Lunatic asylums Bombay report 1878-1890 - 1878-1890
Year: 1878
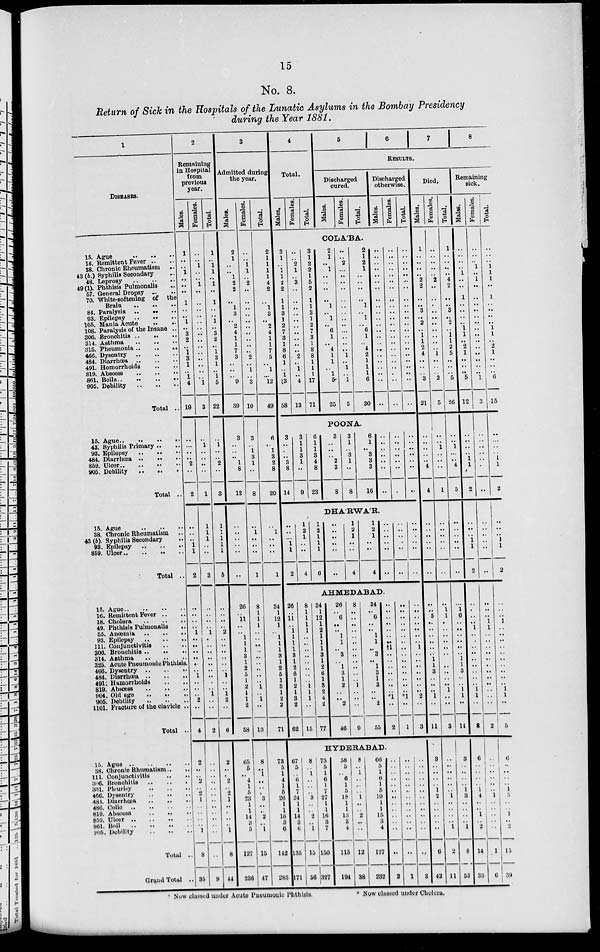
15
No. 8.
Return of Sick in the Hospitals of the Lunatic Asylums in the Bombay Presidency
during the Year 1881.
1
DISEASES.
15. Ague .. .. ..
16. Remittent Fever .. ..
38. Chronic Rheumatism ..
43 (b.) Syphilis Secondary ..
48. Leprosy .. .. ..
49(1). Phthisis Pulmonalis ..
57. General Dropsy .. ..
70. White-softening
of
the
Brain
..
..
..
84. Paralysis .. .. ..
93. Epilepsy .. .. ..
105. Mania Acute .. ..
108. Paralysis of the Insane ..
306. Bronchitis
..
..
..
314. Asthma .. .. ..
315. Pheumonia
..
..
..
466. Dysentry
..
..
..
484. Diarrhœa
..
..
..
491. Homorrhoids .. ..
819. Abscess .. .. ..
861. Boils
..
..
..
905. Debility .. .. ..
Total ..
15. Ague .. .. .. ..
43. Syphilis Primary ..
..
93. Epilepsy .. .. ..
484.Diarrhœa .. .. ..
859.Ulser .. .. .. ..
905. Debility
..
..
Total ..
15. Ague
..
..
..
38. Chronic Rheumatism ..
43 (b). Syphilis Secondary ..
93.Epilepsy .. .. ..
359. Ulcer .. .. ..
Total ..
15.Acute .. .. .. ..
16.Remittent Fever .. ..
18.Cholera .. .. ..
49. Phthisis Pulmonalis ..
55. Anœmia
..
..
..
93. Epilepsy .. .. ..
111.Conjuctivitis .. .. ..
306. Bronchitis
..
..
..
314. Asthma
..
..
..
325. Acute Pneumonic Phthisis
466. Dysentry
..
..
..
484. Diarrhœa
491. Hamorrhoids .. ..
819.Abscess .. .. ..
904. Old age
..
..
..
905. Debility
..
..
..
1101. Fracture of the clavicle ..
Total ..
15. Ague
..
..
..
..
38.Chronic Rhumatism .. ..
111.Conjunctivitis .. .. ..
306. Bronchitis
..
..
..
331. Pleurisy
..
..
..
466. Dysentry
..
..
..
484. Diarrhœa
..
..
..
486.
Colic
..
..
..
..
819. Abscess
..
..
..
859. Ulcer
..
..
..
861. Boil
..
..
..
905. Debility
..
..
..
Total ..
Grand Total ..
2
Remaining
in Hospital
from
previous
year.
Males.
1
..
..
1
..
..
..
1
..
..
1
..
3
2
..
1
3
1
..
1
4
19
..
..
..
..
2
..
2
..
..
..
1
1
2
..
..
..
..
1
..
..
..
..
..
..
1
..
..
..
2
..
4
2
..
..
2
..
2
1
..
..
..
..
1
8
35
Females.
..
..
1
..
..
1
..
..
..
..
..
..
..
..
..
..
..
..
..
..
1
3
..
1
..
..
..
..
1
1
1
1
..
..
3
..
..
..
..
1
..
..
..
..
..
..
..
..
..
1
..
..
2
..
..
..
..
..
..
..
..
..
..
..
..
..
9
Total.
1
..
1
1
..
1
..
1
..
..
1
..
3
2
..
1
3
1
..
1
5
22
..
1
..
..
2
..
3
1
1
1
1
1
5
..
..
..
..
2
..
..
..
..
..
..
1
..
..
1
2
..
6
2
..
..
2
..
2
1
..
..
..
1
8
44
3
Admitted during
the year.
Males.
2
1
..
.. 1
2
2
..
1
3
..
2
4
1
1
7
3
..
..
9
39
3
..
..
..
1
8
12
..
..
..
..
..
..
26
..
11
..
..
1
1
1
3
1
2
5
1
2
1
1
2
58
65
5
4
1
5
23
1
1
14
3
5
127
4
236
Females.
..
..
1
1
..
2
..
..
..
..
..
..
..
..
..
..
2
..
1
..
3
10
3
..
1
3
1
..
8
..
1
..
..
..
1
8
1
1
1
..
..
..
..
..
..
..
..
..
1
..
1
..
13
8
..
1
..
..
..
..
..
..
2
..
1
15
47
Total.
2
1
1
1
1
4
2
..
1
3
..
2
4
1
1
7
5
..
1
...
12
49
6
..
1
3
2
8
20
..
1
..
..
..
1
34
1
12
1
..
1
1
1
3
1
2
5
1
3
1
2
2
71
73
5
1
4
1
5
26
1
1
16
3
6
142
283
4
Total.
Males.
Females.
Total.
5 6
7
8
RESULTS.
Discharged
cured.
Males.
Females.
Total.
Discharged
otherwise.
Males.
Females.
Total.
COLA'BA.
3
1
..
1
1
2
2
1
1
3
1
2
7
3
1
8
6
1
..
1
13
58
..
..
2
1
..
3
..
..
..
..
..
..
..
..
..
2
..
1
..
4
13
3
1
2
2
1
5
2
1
1
3
1
2
7
3
1
8
8
1
1
1
17
71
2
1
..
1
..
..
..
..
1
..
1
..
6
1
..
4
1
1
1
5
25
..
..
2
...
..
..
..
..
..
..
..
..
...
..
..
..
1
..
1
..
1
5
2
1
2
1
..
..
..
..
1
..
1
..
6
1
..
4
2
1
1
1
6
30
..
..
..
..
..
..
..
..
..
..
..
..
..
..
..
..
..
..
..
..
..
..
..
..
..
..
..
..
..
..
..
..
..
..
..
..
..
..
..
..
..
..
..
..
..
..
..
..
..
...
..
..
..
..
..
..
..
..
..
..
..
..
..
..
..
..
POONA.
3
..
..
..
3
8
14
3
1
1
3
1
..
9
6
1
1
3
4
8
23
3
..
..
..
2
3
8
3
1
..
3
1
..
8
6
1
..
3
3
3
16
..
..
..
..
..
..
..
..
..
..
..
..
..
..
..
..
..
..
..
..
DHARVVA'R.
..
..
...
1
1
2
1
2
1
..
..
4
1
2
1
1
1
6
..
..
..
..
..
..
1
2
1
..
..
4
1
2
1
..
..
4
..
..
..
..
..
..
..
..
..
..
..
..
..
..
..
..
..
..
..AHMEDABAD.
26
..
11
..
1
1
1
1
3
1
2
6
1
2
1
3
2
62
8
1
1
1
1
..
..
..
..
..
..
..
..
1
1
1
..
15
34
1
12
1
2
1
1
1
3
1
2
6
1
3
2
4
2
77
26
..
6
..
..
1
1
..
3
..
1
3
1
2
..
..
2
46
8
..
..
..
..
..
..
..
..
..
..
..
..
1
..
..
..
9
34
..
6
..
..
1
1
..
3
..
1
3
1
3
..
..
2
55
..
..
..
..
..
..
..
†1
..
..
..
..
..
..
..
*1
..
2
..
..
..
..
..
..
..
..
..
..
..
..
..
..
..
*1
..
1
..
..
..
..
..
..
..
1
..
..
..
..
..
..
..
2
..
3
..HYDERABAD.
67
5
..
6
1
7
24
1 1
14
3
6
135
171
8
..
1
..
..
..
3
..
..
2
..
1
15
56
75
5
1
6
1
7
27
1
1
16
3
7
150
327
58
5
..
6
1
5
18
1
1
13
3
4
115
194
8
..
1
..
..
..
1
..
..
2
..
..
12
38
66
5
1
6
1
5
19
1
1
15
3
4
127
232
..
..
..
..
..
..
..
..
..
..
..
..
..
2
..
..
..
..
..
..
..
..
..
..
..
..
..
1
..
..
..
..
..
..
..
..
..
..
..
..
..
3
Died,
Males.
1
..
..
..
..
2
2
..
..
3
..
2
..
1
1
2
4
..
..
..
3
21
..
..
..
..
..
4
4
..
..
..
..
..
..
..
..
5
..
..
..
..
..
..
1
1
3
..
..
..
1
..
11
8
..
..
..
..
1
2
..
..
..
..
..
6
42
Females.
..
..
..
..
..
2
..
..
..
..
..
..
..
..
..
..
1
..
..
..
2
5
..
..
1
..
..
..
1
..
..
..
..
..
..
..
1
1
..
..
..
..
..
..
..
..
. ..
..
..
..
..
..
3
..
..
..
..
..
...
1
..
..
..
..
1
2
11
Total.
1
..
..
..
..
4
2
..
..
3
..
2
..
1
1
2
5
..
..
..
5
26
..
..
1
..
..
4
5
..
..
..
..
..
..
..
1
6
..
..
..
..
..
..
1
1
3
..
..
1
1
..
14
8
..
..
..
..
1
3
..
..
..
..
1
8
53
Remaining
sick.
Males.
..
..
..
..
1
..
..
1
..
..
..
..
1
1
..
2
1
..
..
..
5
12
..
..
..
..
1
1
2
..
..
..
1
1
1
..
..
..
..
1
..
..
..
..
..
..
..
..
..
1
1
..
3
6
..
..
..
..
1
4
..
..
..
..
2
14
33
Females.
..
..
..
1
..
1
..
..
..
..
..
..
..
..
..
..
..
..
..
..
1
3
..
..
..
..
..
..
..
..
..
..
..
..
..
..
..
..
1
1
..
..
..
..
..
..
..
..
..
1
..
..
2
..
..
..
..
..
..
1
..
..
1
..
..
1
6
Total.
..
..
..
1
1
1
..
1
..
..
..
..
1
1
..
2
1
..
..
6
15
..
..
..
..
1
1
2
..
..
..
1
1
2
..
..
..
1
..
..
..
..
..
..
..
..
..
..
1
1
..
5
6
..
..
..
..
1
5
..
..
1
..
2
15
39
Now classed under Acute Pneumonic Phthisis.
*Now
classed
under Cholera.